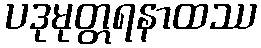
ပဒုမုတ္တရနာထဿ